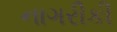
નાગરીકી